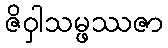
ဇိဝှါသမ္ဖဿဇာ